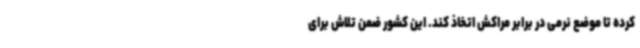
کرده تا موضع نرمی در برابر مراکش اتخاذ کند. این کشور ضمن تلاش برای